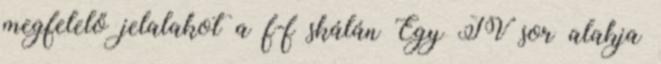
megfelelő jelalakot a f-f skálán Egy TV sor alakja